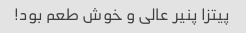
پیتزا پنیر عالی و خوش طعم بود!